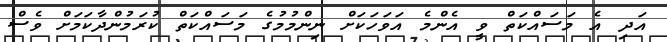
އަދި އެ މަސައްކަތް ވީ އެންމެ އަވަހަކަށް ނިންމުމުގެ މަސައްކަތް ކުރަމުންދާކަމަށް ވެސް